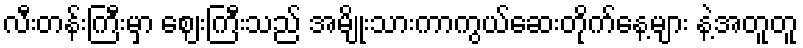
လီးတန်းကြီးမှာ ဈေးကြီးသည် အမျိုးသားကာကွယ်ဆေးတိုက်နေ့များ နဲ့အတူတူ